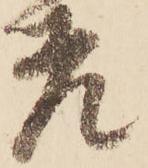
老